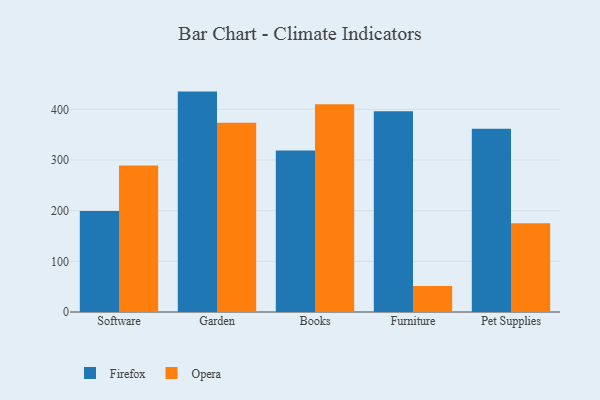
{"axis": {"x": "Category", "y": "Satisfaction Score"}, "legend": ["Firefox", "Opera"], "data": [{"x": "Software", "y": 199.5, "type": "Firefox"}, {"x": "Software", "y": 289.1, "type": "Opera"}, {"x": "Garden", "y": 435.0, "type": "Firefox"}, {"x": "Garden", "y": 373.7, "type": "Opera"}, {"x": "Books", "y": 318.8, "type": "Firefox"}, {"x": "Books", "y": 410.0, "type": "Opera"}, {"x": "Furniture", "y": 396.3, "type": "Firefox"}, {"x": "Furniture", "y": 51.5, "type": "Opera"}, {"x": "Pet Supplies", "y": 361.6, "type": "Firefox"}, {"x": "Pet Supplies", "y": 175.4, "type": "Opera"}]}